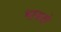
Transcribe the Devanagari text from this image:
भावतो